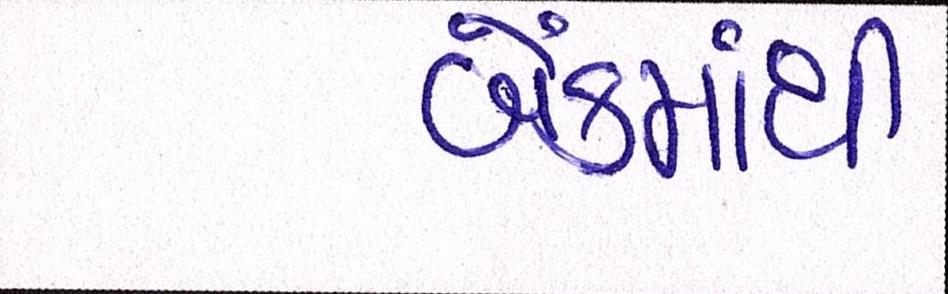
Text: બેંકમાંથી